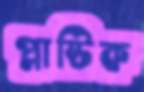
প্লাষ্টিক